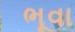
ભૂવા